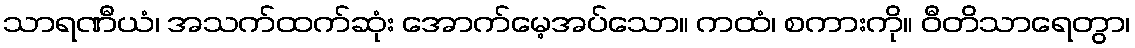
သာရဏီယံ၊ အသက်ထက်ဆုံး အောက်မေ့အပ်သော။ ကထံ၊ စကားကို။ ဝီတိသာရေတွာ၊